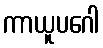
ကာယူပဂေါ